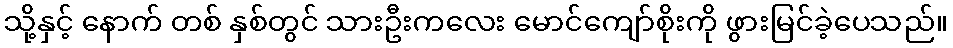
သို့နှင့် နောက် တစ် နှစ်တွင် သားဦးကလေး မောင်ကျော်စိုးကို ဖွားမြင်ခဲ့ပေသည်။